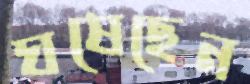
ঘষেছেন